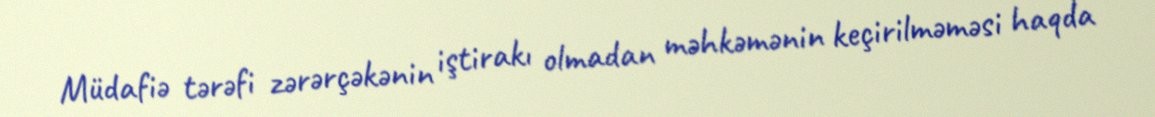
Müdafiə tərəfi zərərçəkənin iştirakı olmadan məhkəmənin keçirilməməsi haqda